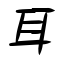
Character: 耳